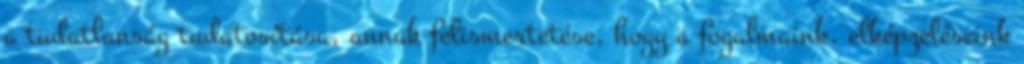
a tudatlanság tudatosítása, annak felismertetése, hogy a fogalmaink, elképzeléseink